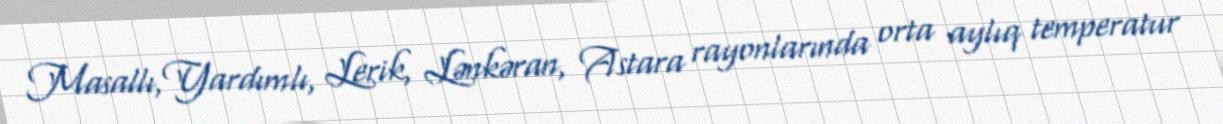
Masallı,Yardımlı, Lerik, Lənkəran, Astara rayonlarında orta aylıq temperatur